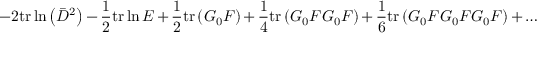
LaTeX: - 2 \mathrm { t r } \ln \left( \bar { D } ^ { 2 } \right) - \frac { 1 } { 2 } \mathrm { t r } \ln E + \frac { 1 } { 2 } \mathrm { t r } \left( G _ { 0 } F \right) + \frac { 1 } { 4 } \mathrm { t r } \left( G _ { 0 } F G _ { 0 } F \right) + \frac { 1 } { 6 } \mathrm { t r } \left( G _ { 0 } F G _ { 0 } F G _ { 0 } F \right) + \ldots